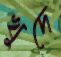
খুদে